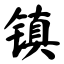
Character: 镇